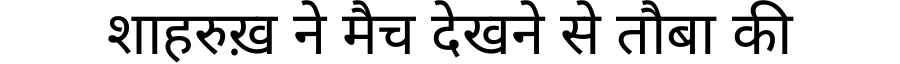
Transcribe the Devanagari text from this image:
शाहरुख़ ने मैच देखने से तौबा की